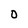
Character: O